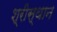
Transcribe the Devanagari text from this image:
श्रीस्थान